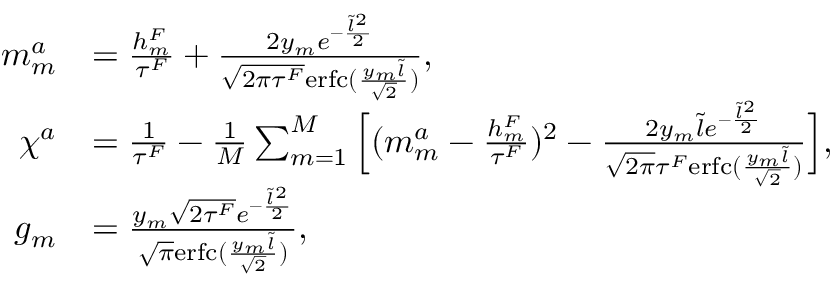
\begin{array} { r l } { m _ { m } ^ { a } } & { = \frac { h _ { m } ^ { F } } { \tau ^ { F } } + \frac { 2 y _ { m } e ^ { - \frac { \tilde { l } ^ { 2 } } { 2 } } } { \sqrt { 2 \pi \tau ^ { F } } \mathrm { e r f c } ( \frac { y _ { m } \tilde { l } } { \sqrt { 2 } } ) } , } \\ { \chi ^ { a } } & { = \frac { 1 } { \tau ^ { F } } - \frac { 1 } { M } \sum _ { m = 1 } ^ { M } \Big [ ( m _ { m } ^ { a } - \frac { h _ { m } ^ { F } } { \tau ^ { F } } ) ^ { 2 } - \frac { 2 y _ { m } \tilde { l } e ^ { - \frac { \tilde { l } ^ { 2 } } { 2 } } } { \sqrt { 2 \pi } \tau ^ { F } \mathrm { e r f c } ( \frac { y _ { m } \tilde { l } } { \sqrt { 2 } } ) } \Big ] , } \\ { g _ { m } } & { = \frac { y _ { m } \sqrt { 2 \tau ^ { F } } e ^ { - \frac { \tilde { l } ^ { 2 } } { 2 } } } { \sqrt { \pi } \mathrm { e r f c } ( \frac { y _ { m } \tilde { l } } { \sqrt { 2 } } ) } , } \end{array}